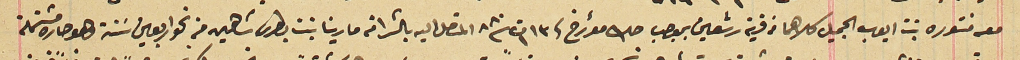
معه منتوره بنت ايوب الجميل كلاهما من قرية رشعين بموجب صك مؤرخ فى ١٣ ت١ سنة ٨٨٠  المتصل اليه بالشرا من مارينا بنت بطرس شاهين من نحو اربعين سَنة وهو حاره مشتملة